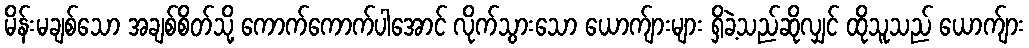
မိန်းမချစ်သော အချစ်စိတ်သို့ ကောက်ကောက်ပါအောင် လိုက်သွားသော ယောက်ျားများ ရှိခဲ့သည်ဆိုလျှင် ထိုသူသည် ယောက်ျား